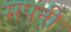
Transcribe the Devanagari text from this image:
मपनी